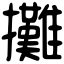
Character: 攤